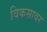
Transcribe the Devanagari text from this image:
विकसावर